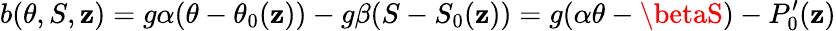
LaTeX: b(\theta,S,\mathbf{z})=g\alpha(\theta-\theta_{0}(\mathbf{z}))-g\beta(S-S_{0}(\mathbf{z}))=g(\alpha\theta-\betaS)-P_{0}^{\prime}(\mathbf{z})